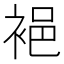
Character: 𲀲